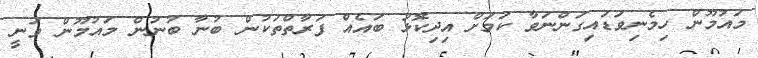
މައުމޫން ހިމެނިވަޑައިގަންނަވާ ކަމަށް އިދިކޮޅު ބައެއް ފަރާތްތަކުން ބުނާ ބުނުން މައުމޫން ވަނީ